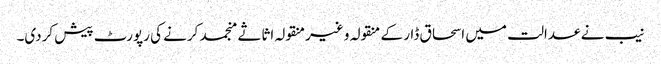
نیب نے عدالت میں اسحاق ڈار کے منقولہ و غیرمنقولہ اثاثے منجمد کرنے کی رپورٹ پیش کردی۔